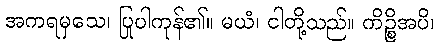
အကရမှသေ၊ ပြုပါကုန်၏။ မယံ၊ ငါတို့သည်။ ကိဉ္စိအပိ၊